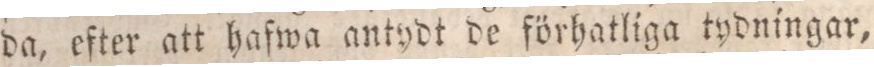
da, efter att hafwa antydt de förhatliga tydningar,